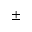
\pm